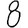
Digit: 8